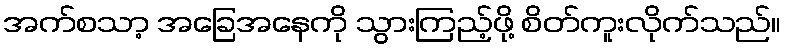
အက်စသာ့ အခြေအနေကို သွားကြည့်ဖို့ စိတ်ကူးလိုက်သည်။